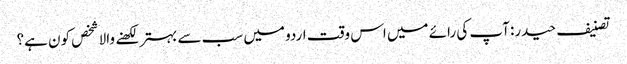
تصنیف حیدر: آپ کی رائے میں اس وقت اردو میں سب سے بہتر لکھنے والا شخص کون ہے؟